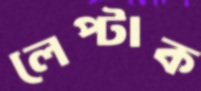
লেপ্‌টাক